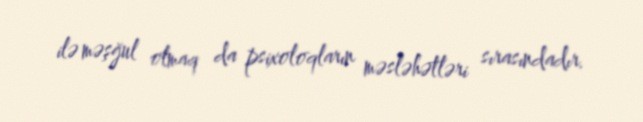
ilə məşğul olmaq da psixoloqların məsləhətləri sırasındadır.